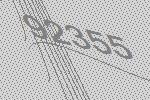
92355